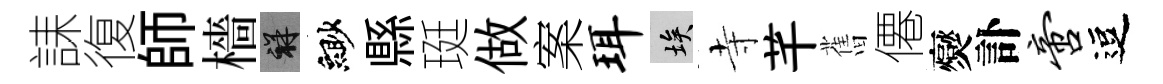
誄復師檣祥緲縣珽做案珥埃寺芊𦾔僊爕訃啻逗